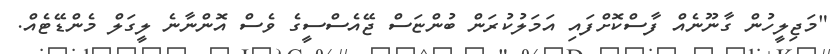
"މަޖިލީހުން ގާނޫނެއް ފާސްކޮށްފައި އަމަލުކުރަން ބުންޏަސް ޖޭއެސްސީގެ ވެސް އޮންނާނެ ލީގަލް މެންޑޭޓެއް.